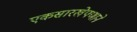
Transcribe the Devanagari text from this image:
एकसारखेपणाने